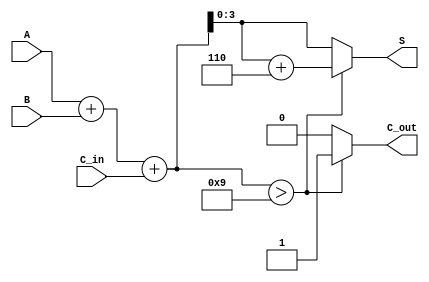
module BCD_Fast_Adder (
  input  wire [3:0] A,      // First BCD digit
  input  wire [3:0] B,      // Second BCD digit
  input  wire C_in,         // Carry input
  output reg  [3:0] S,      // BCD sum output
  output reg  C_out         // Carry output
);

  wire [4:0] S_bin;         // 5-bit wire to accommodate carry
  reg [4:0] S_corrected;    // 5-bit corrected sum

  // Step 1: Binary addition of A, B, and C_in
  assign S_bin = A + B + C_in;

  // Step 2: BCD correction if necessary
  always @(*) begin
    if (S_bin > 9) begin
      S_corrected = S_bin + 5'd6;  // Apply BCD correction (add 6)
      C_out = 1;                   // Set carry out
    end else begin
      S_corrected = S_bin;         // No correction needed
      C_out = 0;                   // No carry out
    end

    // Step 3: Assign the final BCD output
    S = S_corrected[3:0];          // Take the lower 4 bits as BCD result
  end

endmodule